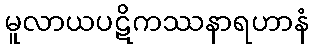
မူလာယပဋိကဿနာရဟာနံ